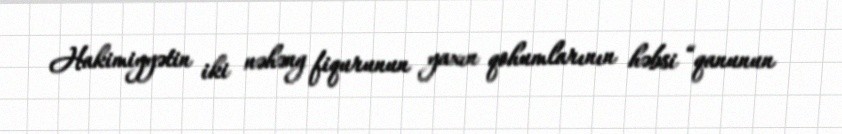
Hakimiyyətin iki nəhəng fiqurunun yaxın qohumlarının həbsi “qanunun